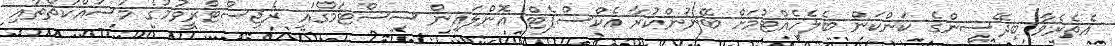
އެތެރެވާ ބިދޭސީންގެ ކަންކަން ބެލެހެއްޓުމަށް ބޭނުންކުރާ އެކްސްޕެޓް އޮންލައިން ސިސްޓަމްގައި ރެޖިސްޓްރީވުމުގެ މަސައްކަތްތާއި